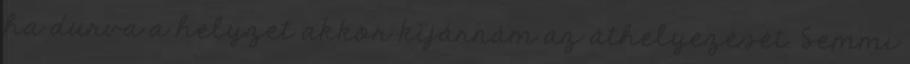
ha durva a helyzet akkor kijárnám az áthelyezését. Semmi